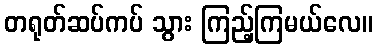
တရုတ်ဆပ်ကပ် သွား ကြည့်ကြမယ်လေ။